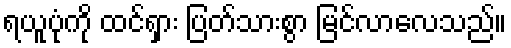
ရယူပုံကို ထင်ရှား ပြတ်သားစွာ မြင်လာလေသည်။